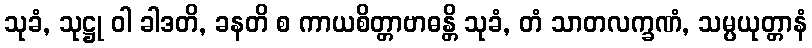
သုခံ, သုဋ္ဌု ဝါ ခါဒတိ, ခနတိ စ ကာယစိတ္တာဗာဓန္တိ သုခံ, တံ သာတလက္ခဏံ, သမ္ပယုတ္တာနံ